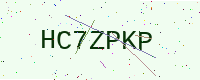
Text: HC7ZPKP